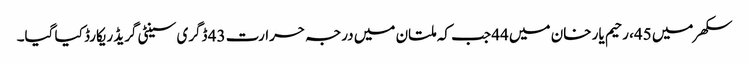
سکھر میں 45، رحیم یار خان میں 44 جب کہ ملتان میں درجہ حرارت 43 ڈگری سینٹی گریڈ ریکارڈ کیا گیا۔